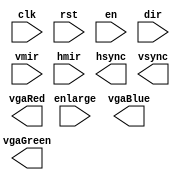
module lab6_1(
    input clk,
    input rst,
    input en,
    input dir,
    input vmir,
    input hmir,
    input enlarge,
    output [3:0] vgaRed,
    output [3:0] vgaGreen,
    output [3:0] vgaBlue,
    output hsync,
    output vsync
);

    // add your design here
    
endmodule